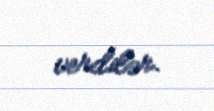
verdilər.